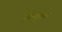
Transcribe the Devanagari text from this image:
गुरुकृपां